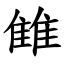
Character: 雔